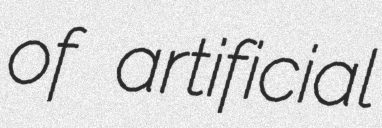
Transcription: of artificial